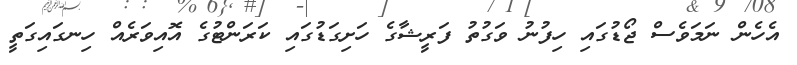
އެހެން ނަމަވެސް ޖޯޑުގައި ހިފުނު ވަގުތު ފަރީޝާގެ ހަށިގަޑުގައި ކަރަންޓުގެ އޮއިވަރެއް ހިނގައިގަތީ